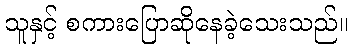
သူနှင့် စကားပြောဆိုနေခဲ့သေးသည်။